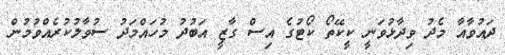
ދައުވާއާ މެދު ވިދާޅުވަނީ ކީކޭތޯ ކޯޓުގެ އިސް ގާޒީ އަބުދު މުހައްމަދު ސުވާލުކުރެއްވުމުން